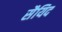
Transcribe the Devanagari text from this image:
सैयिद